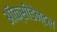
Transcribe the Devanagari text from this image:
ऑक्सीडेन्टल